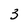
Character: 3